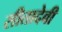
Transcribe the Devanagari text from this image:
सीतादेवी